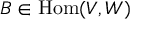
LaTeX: B \in { \mathrm { H o m } } ( V , W )